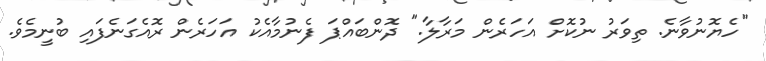
"ހެޔޮނުވާނެ. ތިވަރު ނުކޮށް އަހަރެން މަރާލާ." ދޮންބައްޕަ ފެނުމާއެކު އަހަރެން ރޮއެގަނެފައި ބުނީމެވެ.